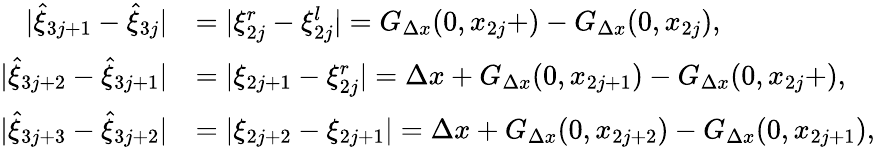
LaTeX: \begin{array}{rl}{\vert\hat{\xi}_{3j+1}-\hat{\xi}_{3j}\vert}&{=\vert\xi_{2j}^{r}-\xi_{2j}^{l}\vert=G_{\Delta x}(0,x_{2j}+)-G_{\Delta x}(0,x_{2j}),}\\ {\vert\hat{\xi}_{3j+2}-\hat{\xi}_{3j+1}\vert}&{=\vert\xi_{2j+1}-\xi_{2j}^{r}\vert=\Delta x+G_{\Delta x}(0,x_{2j+1})-G_{\Delta x}(0,x_{2j}+),}\\ {\vert\hat{\xi}_{3j+3}-\hat{\xi}_{3j+2}\vert}&{=\vert\xi_{2j+2}-\xi_{2j+1}\vert=\Delta x+G_{\Delta x}(0,x_{2j+2})-G_{\Delta x}(0,x_{2j+1}),}\end{array}